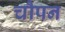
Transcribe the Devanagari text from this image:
चौपन